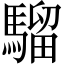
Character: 騮